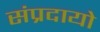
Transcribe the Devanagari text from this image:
संप्रदायो